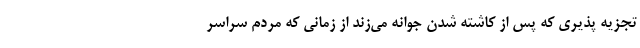
تجزیه ‌پذیری که پس از کاشته شدن جوانه می‌زند از زمانی که مردم سراسر